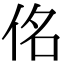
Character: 佲